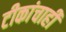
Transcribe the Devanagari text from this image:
टीकांचाही